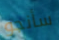
سأنجو